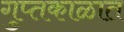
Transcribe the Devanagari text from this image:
गुप्‍तकाळात